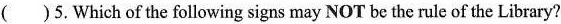
( )5.Which of the following signs may NOT be the rule of the Library?